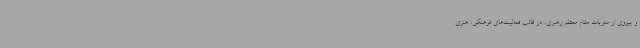
و پیروی از منویات مقام معظم رهبری، در قالب فعالیت‌های فرهنگی، هنری